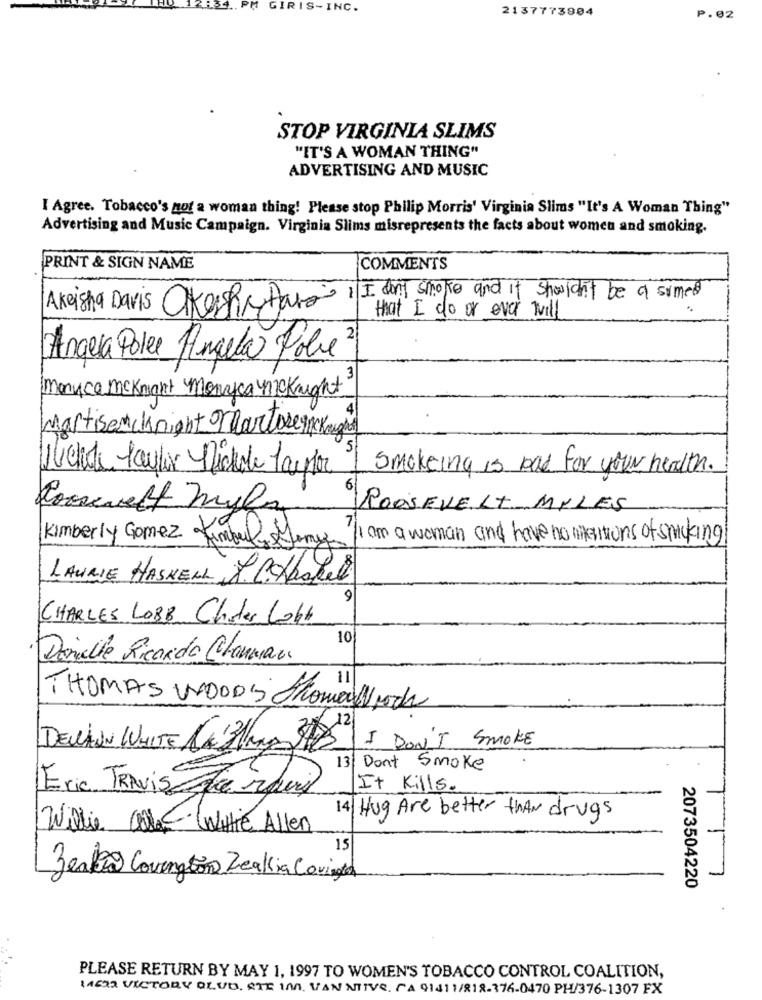
PM
GIRIS-INC.
2137773904
P.02
STOP VIRGINIA SLIMS
"IT'S A WOMAN THING"
ADVERTISING AND MUSIC
I Agree. Tobacco's not a woman thing! Please stop Philip Morris' Virginia Slims "It's A Woman Thing"
Advertising and Music Campaign. Virginia Slims misrepresents the facts about women and smoking.
PRINT & SIGN NAME
COMMENTS
Akeisha Davis OKesh,Para 1 I don't smoke and it shouldn't be a sumed
that I do or ever will
Angela Pole Angela Pole2
Manyca Mcknight Monyca Mcknight
Martisemcknight Martoserne Kegod
Michele Taylor Michele Taylor
smokeing is bad for your health .
6
Roosevelt mylan
ROOSEVELT MILES
I am a woman and have no intentions of smoking!
Kimberly Gomez Kimberly Jamy
LAURIE HASKELL 1 C.cashel
CHARLES LOBB Chater Lobte
10
Danielle Ricardo Channan
THOMAS WOODS Homework
DELLAIN WHITE CU3/m 312
I DON'T SMOKE
13 Don't Smoke
Eric TRAviseraid
It Kills.
14
Hug Are better than drugs
Willie alle Witte Allen
15
L
Zerbo Covington Zeallia Covingta
2073504220
PLEASE RETURN BY MAY 1, 1997 TO WOMEN'S TOBACCO CONTROL COALITION,
14622 VICTORY BLVD. STE 1A. VAN NITVe, CA 91411/818-376-0470 PH/376-1307 FX